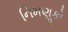
નિમણૂકો